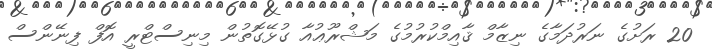
20 ރަށުގެ ނަރުދަމާގެ ނިޒާމް ޤާއިމްކުރުމުގެ މަޝްރޫޢުއާ ގުޅޭގޮތުން މިނިސްޓްރީ އޮފް ފިނޭންސް